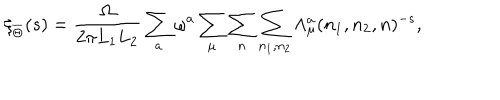
\zeta _ { \overline { { { \Theta } } } } ( s ) = { \frac { \Omega } { 2 \pi L _ { 1 } L _ { 2 } } } \sum _ { a } \omega ^ { a } \sum _ { \mu } \sum _ { n } \sum _ { n _ { 1 } , n _ { 2 } } \Lambda _ { \mu } ^ { a } ( n _ { 1 } , n _ { 2 } , n ) ^ { - s } ,